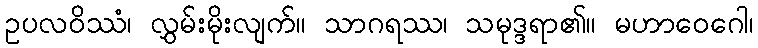
ဥပလဝိဿံ၊ လွှမ်းမိုးလျက်။ သာဂရဿ၊ သမုဒ္ဒရာ၏။ မဟာဝေဂေါ၊